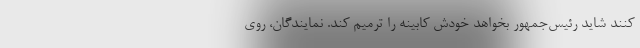
کنند شاید رئیس‌جمهور بخواهد خودش کابینه را ترمیم کند. نمایندگان، روی